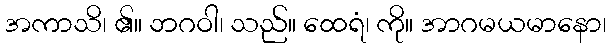
အကာသိ၊ ၏။ ဘဂဝါ၊ သည်။ ထေရံ၊ ကို။ အာဂမယမာနော၊